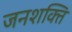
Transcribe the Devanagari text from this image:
जनशक्‍ति